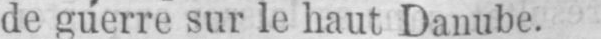
de guerre sur le haut Danube.